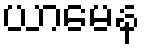
ယာမေန